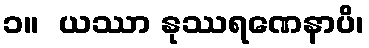
၁။  ယဿာ နုဿရဏေနာပိ၊